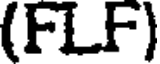
(FLF)